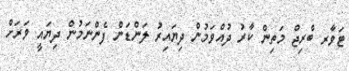
ޓަވާރ ބްރިޖް މަތިން ކާރު ދުއްވަމުން ދިޔައިރު ލަންޑަން ފެންނަމުން ދިޔައީ ވަރަށް